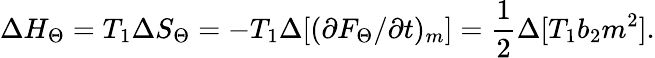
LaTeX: \Delta{H}_{\Theta}=T_{1}\Delta{S}_{\Theta}=-T_{1}\Delta[(\partial{F_{\Theta}}/\partial{t})_{m}]=\frac{1}{2}\Delta[T_{1}b_{2}m^{2}].